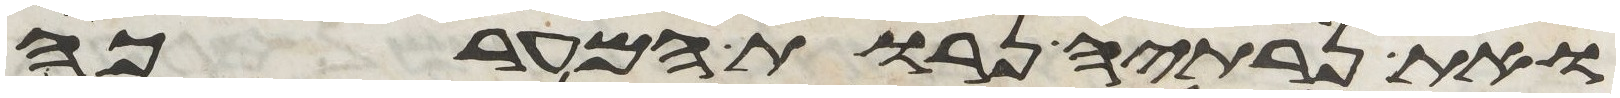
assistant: ואת נרתיה נרות המערכה